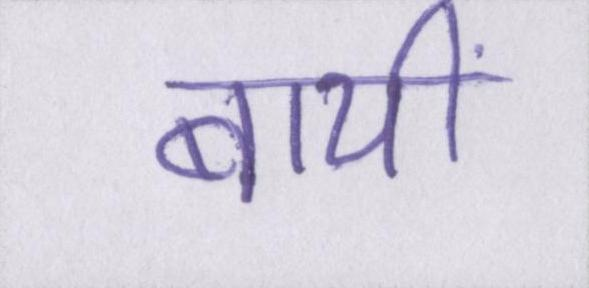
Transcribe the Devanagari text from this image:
बायीं